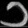
Digit: ၁